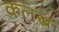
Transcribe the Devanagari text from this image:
कलख